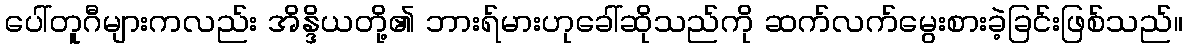
ပေါ်တူဂီများကလည်း အိန္ဒိယတို့၏ ဘားရ်မားဟုခေါ်ဆိုသည်ကို ဆက်လက်မွေးစားခဲ့ခြင်းဖြစ်သည်။